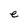
Character: e